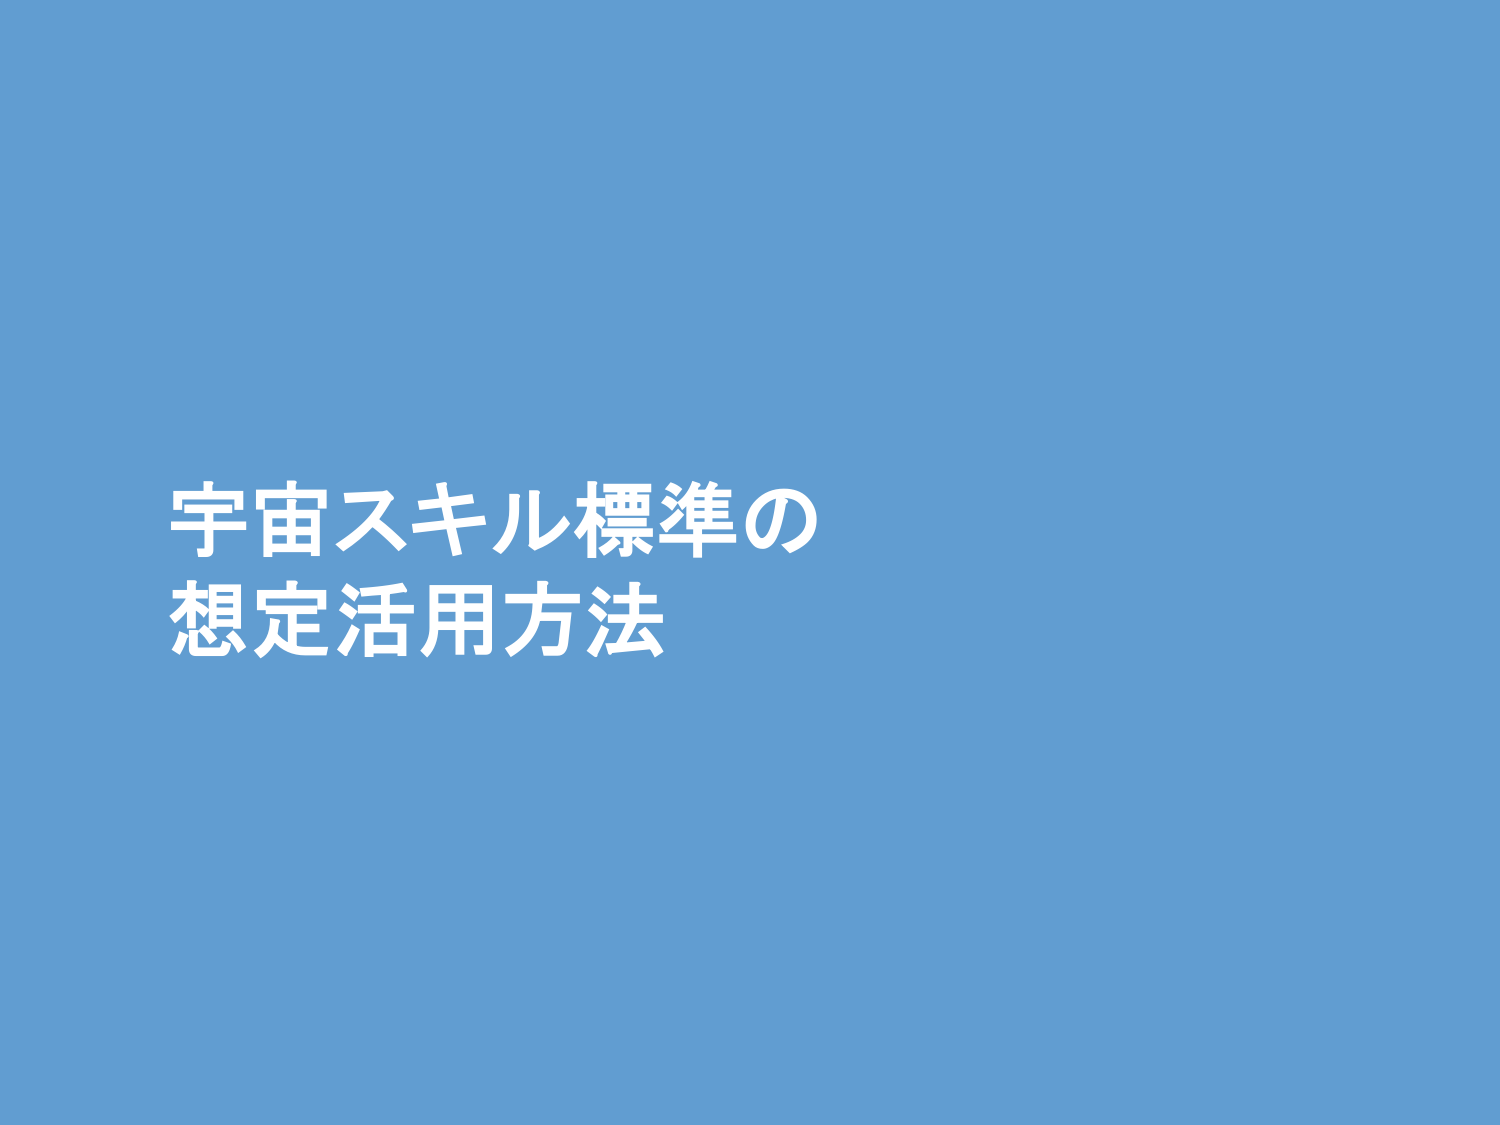
宇宙スキル標準の
想定活用方法